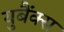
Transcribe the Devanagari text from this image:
युबैंक्स